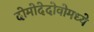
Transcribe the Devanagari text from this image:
दोमोदेदोवोमध्ये